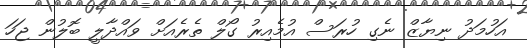
އަހުމަދު ނިޔާޒް ނެގި ހުރަސް އުމެއިރު ގޯލް ތެރެއަށް ވައްދާލީ ބޮލުން ޖަހަ